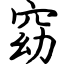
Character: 窈